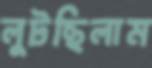
লুটছিলাম